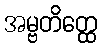
အမ္ဗတိတ္ထေ